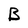
Character: B